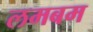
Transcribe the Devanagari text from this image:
लमबम